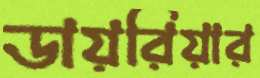
ডায়রিয়ার